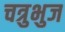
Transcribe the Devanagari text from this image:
चत्रुभुज